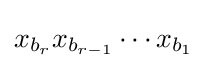
x_{b_{r}}x_{b_{r-1}}\cdots x_{b_{1}}